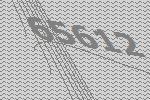
65612